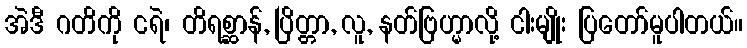
အဲဒီ ဂတိကို ငရဲ၊ တိရစ္ဆာန်, ပြိတ္တာ, လူ, နတ်ဗြဟ္မာလို့ ငါးမျိုး ပြတော်မူပါတယ်။